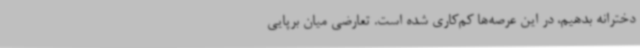
دخترانه بدهیم، در این عرصه‌ها کم‌کاری شده است. تعارضی میان برپایی